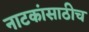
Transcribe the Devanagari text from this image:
नाटकांसाठीच